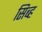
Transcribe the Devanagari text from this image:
सिब्ह